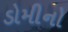
ડોમીનો